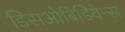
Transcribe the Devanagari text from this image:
डिसओबिडियेन्स